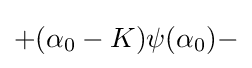
+(\alpha _{0}-K)\psi (\alpha _{0})-